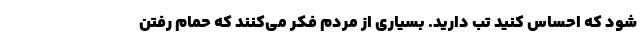
شود که احساس کنید تب دارید. بسیاری از مردم فکر می‌کنند که حمام رفتن